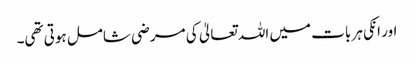
اور انکی ہر بات میں اللہ تعالیٰ کی مرضی شامل ہوتی تھی۔